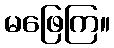
မဖြေကြ။